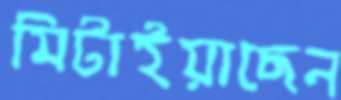
মিটাইয়াছেন